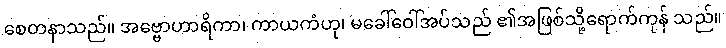
စေတနာသည်။ အဗ္ဗောဟာရိကာ၊ ကာယကံဟု၊ မခေါ်ဝေါ်အပ်သည် ၏အဖြစ်သို့ရောက်ကုန် သည်။